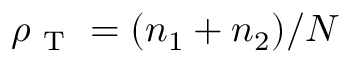
\rho _ { \mathrm { ~ T ~ } } = ( n _ { 1 } + n _ { 2 } ) / N